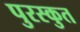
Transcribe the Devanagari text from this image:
पुरस्कुत